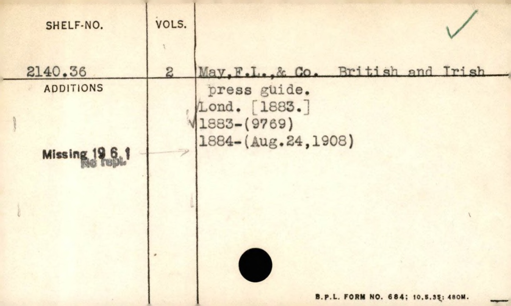
Label: content